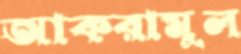
আকরামুল